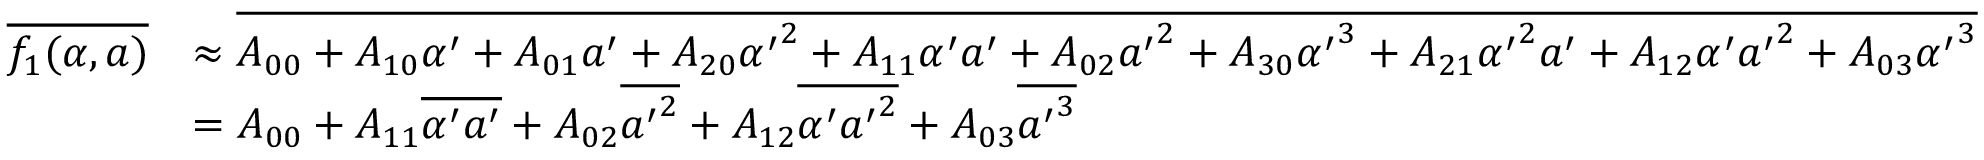
\begin{array} { r l } { \overline { { f _ { 1 } ( \alpha , a ) } } } & { \approx \overline { { A _ { 0 0 } + A _ { 1 0 } \alpha ^ { \prime } + A _ { 0 1 } a ^ { \prime } + A _ { 2 0 } { \alpha ^ { \prime } } ^ { 2 } + A _ { 1 1 } \alpha ^ { \prime } a ^ { \prime } + A _ { 0 2 } { a ^ { \prime } } ^ { 2 } + A _ { 3 0 } { \alpha ^ { \prime } } ^ { 3 } + A _ { 2 1 } { \alpha ^ { \prime } } ^ { 2 } a ^ { \prime } + A _ { 1 2 } \alpha ^ { \prime } { a ^ { \prime } } ^ { 2 } + A _ { 0 3 } { \alpha ^ { \prime } } ^ { 3 } } } } \\ & { = A _ { 0 0 } + A _ { 1 1 } \overline { { \alpha ^ { \prime } a ^ { \prime } } } + A _ { 0 2 } \overline { { { a ^ { \prime } } ^ { 2 } } } + A _ { 1 2 } \overline { { \alpha ^ { \prime } { a ^ { \prime } } ^ { 2 } } } + A _ { 0 3 } \overline { { { a ^ { \prime } } ^ { 3 } } } } \end{array}